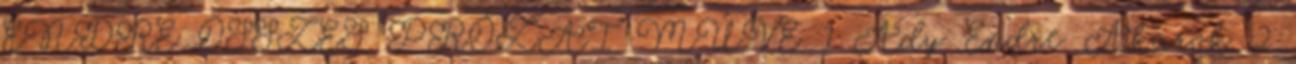
ENDRE ÖSSZES PRÓZAI MŰVE 1 Ady Endre Akarok 2